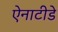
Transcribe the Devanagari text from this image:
ऐनाटीडे